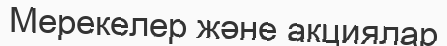
Мерекелер және акциялар